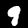
Digit: 9